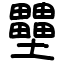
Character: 壨